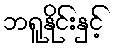
ဘရူနိုင်းနှင့်